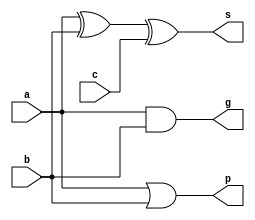
`timescale 1ns / 1ps
//////////////////////////////////////////////////////////////////////////////////
// Company: 
// Engineer: 
// 
// Design Name: 
// Module Name:    add 
// Project Name: 
// Target Devices: 
// Tool versions: 
// Description: 
//
// Dependencies: 
//
// Revision: 
// Revision 0.01 - File Created
// Additional Comments: 
//
//////////////////////////////////////////////////////////////////////////////////
module add(a,b,c,g,p,s
    );
	 input a,b,c;
	 output g,p,s;
	 assign s=a^b^c;
	 assign g=a&b;
	 assign p=a|b;
endmodule